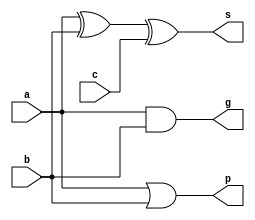
`timescale 1ns / 1ps
//////////////////////////////////////////////////////////////////////////////////
// Company: 
// Engineer: 
// 
// Design Name: 
// Module Name:    add 
// Project Name: 
// Target Devices: 
// Tool versions: 
// Description: 
//
// Dependencies: 
//
// Revision: 
// Revision 0.01 - File Created
// Additional Comments: 
//
//////////////////////////////////////////////////////////////////////////////////
module add(a,b,c,g,p,s
    );
	 input a,b,c;
	 output g,p,s;
	 assign s=a^b^c;
	 assign g=a&b;
	 assign p=a|b;
endmodule